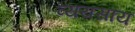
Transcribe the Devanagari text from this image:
व्ययसाय